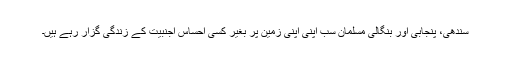
سندھی، پنجابی اور بنگالی مسلمان سب اپنی اپنی زمین پر بغیر کسی احساس اجنبیت کے زندگی گزار رہے ہیں۔